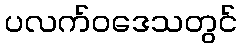
ပလက်ဝဒေသတွင်